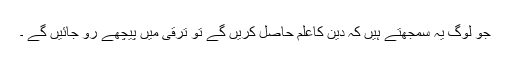
جو لوگ یہ سمجھتے ہیں کہ دین کاعلم حاصل کریں گے تو ترقی میں پیچھے رو جائیں گے ۔